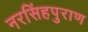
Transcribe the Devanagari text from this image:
नरसिंहपुराण